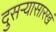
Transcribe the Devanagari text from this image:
दुसऱ्यासारखं